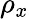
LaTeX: \rho_{x}